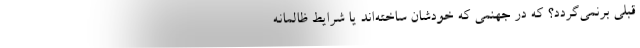
قبلی برنمی‌گردد؟ که در جهنمی که خودشان ساخته‌اند یا شرایط ظالمانه